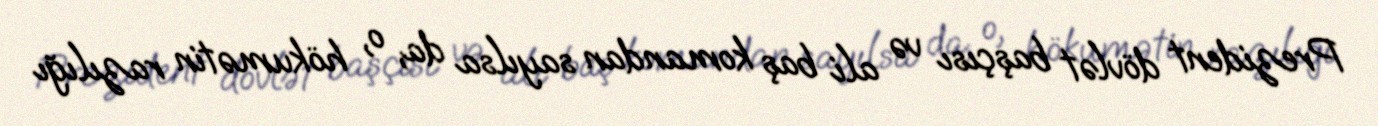
Prezident dövlət başçısı və ali baş komandan sayılsa da, o, hökumətin razılığı